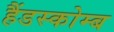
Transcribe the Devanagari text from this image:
हैंडस्कोम्ब